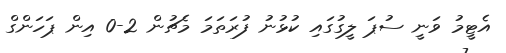
އެޓީމު ވަނީ ސުޕަ ލީގުގައި ކުޅުނު ފުރަތަމަ މެޗުން 2-0 އިން ޕަހަންގް